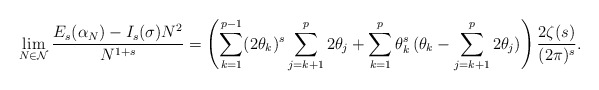
\begin{align*}\lim_{N\in\mathcal{N}}\frac{E_{s}(\alpha_{N})-I_{s}(\sigma) N^{2}}{N^{1+s}}=\left(\sum_{k=1}^{p-1}(2\theta_{k})^{s} \sum_{j=k+1}^{p}2\theta_{j}+\sum_{k=1}^{p}\theta_{k}^{s}\,\Large(\theta_{k}-\sum_{j=k+1}^{p}2\theta_{j}\Large)\right)\frac{2\zeta(s)}{(2\pi)^{s}}.\end{align*}